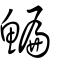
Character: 鯿